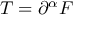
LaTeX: T = \partial ^ { \alpha } F